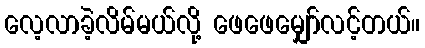
လေ့လာခဲ့လိမ်မယ်လို့ ဖေဖေမျှော်လင့်တယ်။